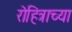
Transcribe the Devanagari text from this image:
रोहित्राच्या